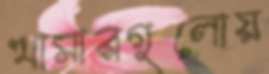
খামারগুলোয়